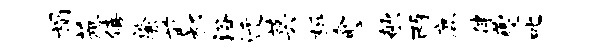
榻蔗僖綮前祁浴迁莫柝愈欹两鹿伴夔叱